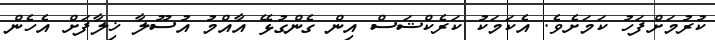
ކުރުމަށްފަހު ކަމަށެވެ. އެކަމަކު ކަރެކްޝަސް އިން ގެންގުޅޭ އާއްމު އުސޫލާ ޚިލާފަށް އެހެން